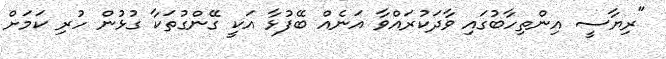
"ރިޔާސީ އިންތިހާބުގައި ވާދަކުރައްވާ އަނެއް ބޭފުޅާ އަކީ ގޭންގުތަކާ ގުޅުން ހުރި ކަމަށް